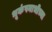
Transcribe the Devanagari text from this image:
भूकंपनाभीच्या